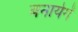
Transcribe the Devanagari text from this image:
बनायेगें